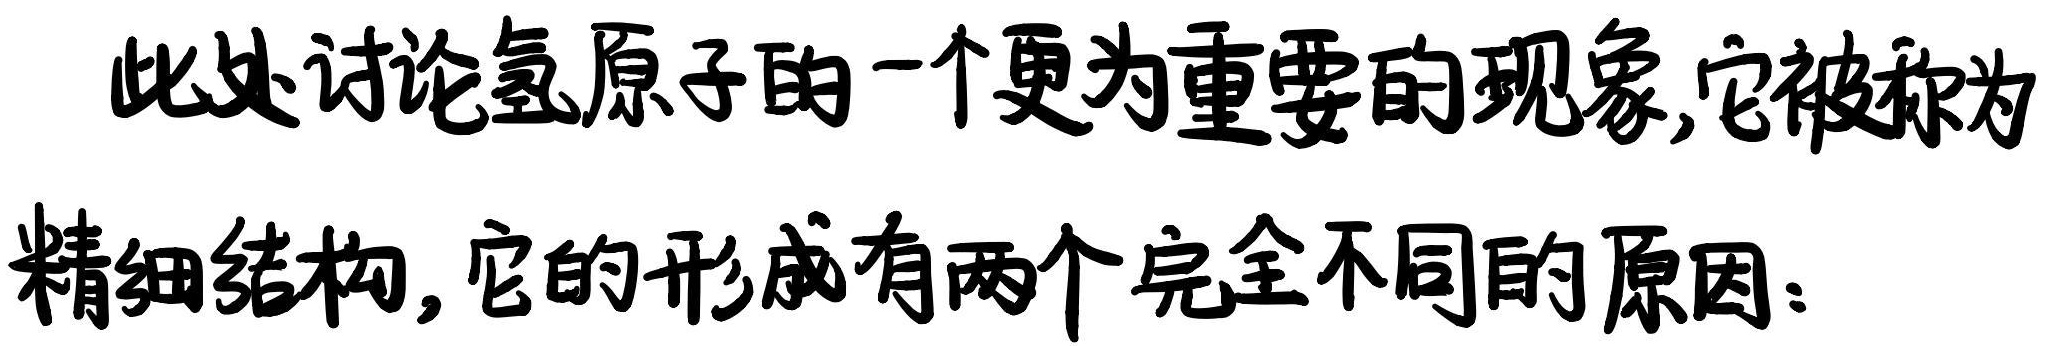
此处讨论氢原子的一个更为重要的现象,它被称为精细结构,它的形成有两个完全不同的原因: